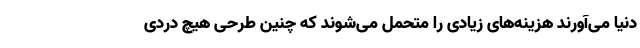
دنیا می‌آورند هزینه‌های زیادی را متحمل می‌شوند که چنین طرحی هیچ دردی